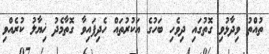
ތުއްތު ވިދާޅުވި ގޮތުގައި ދިވެހި ބަހުގެ އަކުރުތައް ހެދިފައިވާ ގޮތާމެދު ޚިޔާލު ކުރެއްވި